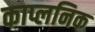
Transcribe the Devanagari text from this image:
काप्लनिक